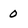
Character: 0